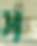
স